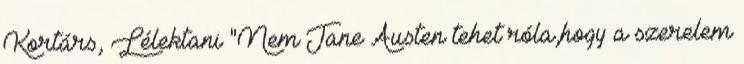
Kortárs, Lélektani "Nem Jane Austen tehet róla,hogy a szerelem